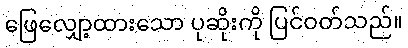
ဖြေလျှော့ထားသော ပုဆိုးကို ပြင်ဝတ်သည်။